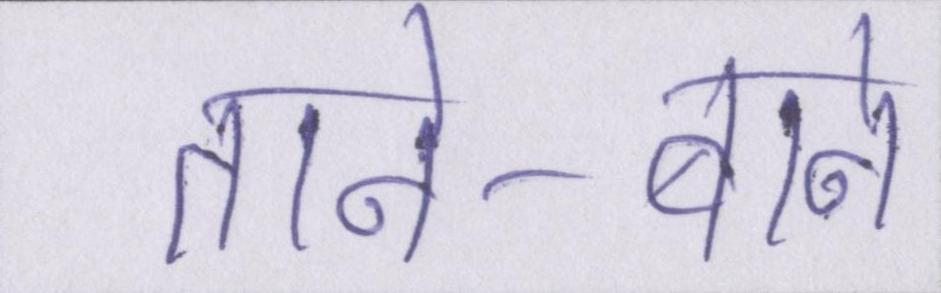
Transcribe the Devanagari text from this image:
ताने-बाने